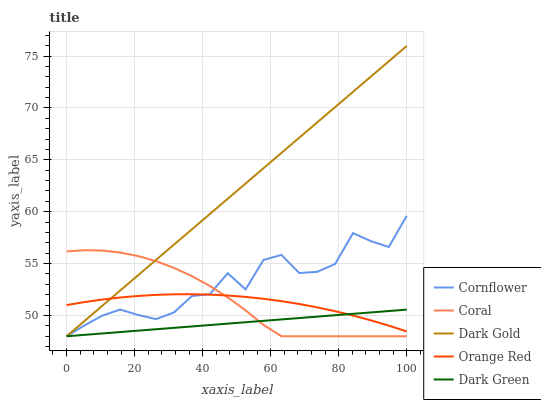
| xaxis_label | Cornflower | Coral | Dark Gold | Orange Red | Dark Green |
 | --- | --- | --- | --- | --- | --- |
 | 0 | 48 | 56.2 | 48 | 51 | 48 |
 | 5.26 | 49 | 56.3 | 49.5 | 51.3 | 48.1 |
 | 10.5 | 50 | 56.3 | 50.9 | 51.5 | 48.3 |
 | 15.8 | 50.6 | 56.1 | 52.4 | 51.7 | 48.4 |
 | 21.1 | 50 | 55.7 | 53.9 | 51.9 | 48.5 |
 | 26.3 | 49.7 | 55.2 | 55.4 | 52 | 48.7 |
 | 31.6 | 50.3 | 54.6 | 56.8 | 52 | 48.8 |
 | 36.8 | 51.9 | 53.8 | 58.3 | 52.1 | 48.9 |
 | 42.1 | 52 | 52.8 | 59.8 | 52 | 49.1 |
 | 47.4 | 54.1 | 51.7 | 61.2 | 51.9 | 49.2 |
 | 52.6 | 52.5 | 50.5 | 62.7 | 51.8 | 49.3 |
 | 57.9 | 55.4 | 49.1 | 64.2 | 51.6 | 49.5 |
 | 63.2 | 55.8 | 48 | 65.7 | 51.4 | 49.6 |
 | 68.4 | 54.1 | 48 | 67.1 | 51.1 | 49.8 |
 | 73.7 | 54.2 | 48 | 68.6 | 50.8 | 49.9 |
 | 78.9 | 55 | 48 | 70.1 | 50.4 | 50 |
 | 84.2 | 57.9 | 48 | 71.6 | 50 | 50.2 |
 | 89.5 | 57.2 | 48 | 73 | 49.5 | 50.3 |
 | 94.7 | 56.6 | 48 | 74.5 | 49 | 50.4 |
 | 100 | 59.6 | 48 | 76 | 48.5 | 50.6 |